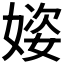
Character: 𪦌